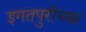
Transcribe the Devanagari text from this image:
इगतपुरीच्या